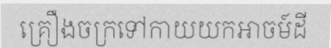
គ្រឿងចក្រទៅកាយយកអាចម៍ដី